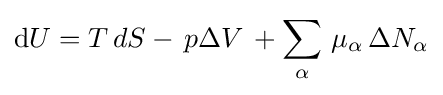
\mathrm {d} U=T\,dS-\,p\Delta V\,+\sum _{\alpha }\,\mu _{\alpha }\,\Delta N_{\alpha }